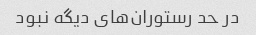
در حد رستوران‌های دیگه نبود